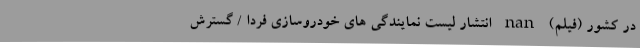
در کشور (فیلم) nan انتشار لیست نمایندگی های خودروسازی فردا / گسترش